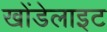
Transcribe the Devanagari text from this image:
खोंडेलाइट